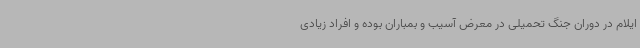
ایلام در دوران جنگ تحمیلی در معرض آسیب و بمباران بوده و افراد زیادی